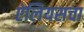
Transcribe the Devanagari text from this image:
ऐलियसचा